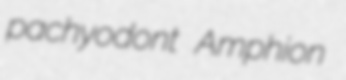
pachyodont Amphion